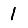
Digit: 1